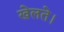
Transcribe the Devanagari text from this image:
खेलते।